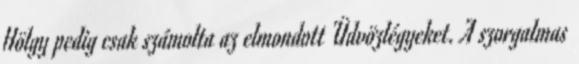
Hölgy pedig csak számolta az elmondott Üdvözlégyeket. A szorgalmas